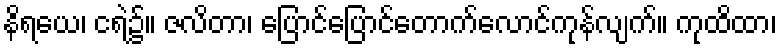
နိရယေ၊ ငရဲ၌။ ဇလိတာ၊ ပြောင်ပြောင်တောက်လောင်ကုန်လျက်။ ကုထိထာ၊